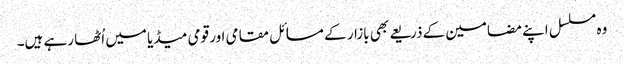
وہ مسلسل اپنے مضامین کے ذریعے بھی بازار کے مسائل مقامی اور قومی میڈیا میں اُٹھا رہے ہیں۔